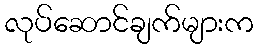
လုပ်ဆောင်ချက်များက